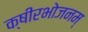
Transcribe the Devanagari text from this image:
क्षीरभोजनम्